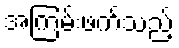
အကြမ်းဖက်သည့်